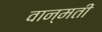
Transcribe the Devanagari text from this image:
वान्मती